Vital statistics of India. Vol. IV, Annual returns from 1871 to 1876. British Army of India, Native Army and jails of Bengal
Year: 1871
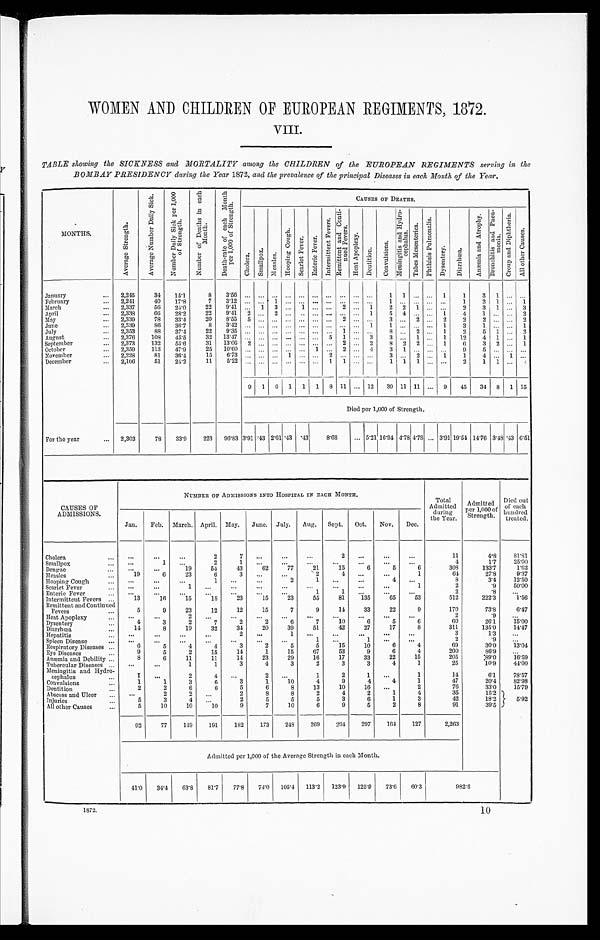
WOMEN AND CHILDREN OF EUROPEAN REGIMENTS 1872.
V III.
TABLE showing the SICKNESS and MORTALITY among the CHILDREN of the EUROPEAN REGIMENTS serving in the
BOMBAY PRESIDENCY during the Year 1872, and the prevalence of the principal Diseases in each Month of the Year.
MONTHS.
A v e r a g e S t r e n g t h .
A v e r a g e N u m b e r D a i l y S i c k .
N u m b e r D a i l y S i c k p e r 1 , 0 0 0 o f S t r e n g t h .
N u m b e r o f D e a t h s i n e a c h M o n t h .
D e a t h - r a t e o f e a c h M o n t h p e r 1 , 0 0 0 o f S t r e n g t h .
CAUSES OF DEATHS.
C h o l e r a .
S m a l l p o x .
Me a s l e s .
H o o p i n g C o u g h .
S c a r l e t F e v e r . E n t e r i c F e v e r .
I n t e r m i t t e n t F e v e r s .
R e m i t t e n t a n d C o n t i n u e d F e v e r s .
H e a t A p o p l e x y .
D e n t i t i o n .
C o n v u l s i o n s .
M e n i n g i t i s a n d H y d r o c e p h a l u s .
T a b e s M e s e n t e r i c a .
P h t h i s i s P u l m o n a l i s .
D y s e n t e r y .
D i a r r h a .
A n æ m i a a n d A t r o p h y .
B r o n c h i t i s a n d P n e u m o n i a .
C r o u p a n d D i p h t h e r i a .
A l l o t h e r C a u s e s .
January
2,245
34
15.1
8 3.56
. . .
. . .
...
. . .
...
. . . ...
. . .
. . .
. . .
1
1 ...
. . . 1
1
3 1
. . . . . .
February
2,241
40
17.8
7 3.12
. . .
. . .
1
. . .
...
. . . ...
. . .
. . .
. . .
1
. . .
...
. . .
. . . 1
2 1
. . . 1
March
2,337
56
24.0
22
9.41
. . . 1 3 ... 1 ... ... 2 ... 1
2 2 1 ... ...
2
3 1 ... 3
April
2,338
66
28.2
22
9.41 2
. . . 2 ... ... ... ... ... ... 1
5 4 ... ... 1
4
1
. . .
. . . 2
May
2,339
78
33.4
20
8.55 5 ... ... ... ... ... ...
2 . . .
. . .
3
. . . 2 ... 2
2
2 ... ... 2
June
2,339
86
36.7
8
3.42
. . .
. . .
...
. . .
... ... ... ... ... 1
1 ... ... ... 1
3
1 ... ... 1
July
2,353
88
37.4
2 2
9.35
. . .
. . .
...
. . .
...
. . . ...
1 . . .
. . .
8 ... 2 ...
1
2
5 1 ... 2
August
2,376
108
45.5
32 13.47
. . . ... ... ... ... ... 5 1 ... 3
3 ... 1 ... 1
12
4 1
. . . 1
September
2,373
132
55.6
31
13.06 2
. . . ...
. . . ... ... ... 2
. . . 2
8 2 2 ... 1
6
3 2 ... 1
October
2,359
113
47.9
25
10.60 ... ... ... ... ...
1 ...
2 . . .
4
3
1 ...
. . .
. . .
9
5 ...
. . . . . .
November
2,228
81
36.4
15
6.73 ... ... ... 1 ...
. . . 2
. . . . . .
. . .
3 ... 2 ... 1
1
4 ... 1
. . .
December
2,106
51
24.2
11
5.22
. . .
. . . ...
. . . ...
. . . 1 1
. . .
. . .
1
1 1
. . .
. . .
2
1
1
. . .
2
9 1 6 1 1 1 8 11 ... 12
39 11 11 ... 9
45
34 8 1 15
Died per 1,000 of Strength.
For the year
2,303
78
33.9
223
96.83 3.91 .43 2.61 .43
8.68
5.21 16.94 4.78 4.78 ... 3.91 19.54 14.76 3.48 .43 6.51
CAUSES OF
ADMISSIONS.
NUMBER OF ADMISSIONS INTO HOSPITAL IN EACH MONTH.
Total
Admitted during
the Year.
Admitted
per 1,000 of
Strength.
Died out
of each h u n d r e d
treated.
Jan.
Feb. March. April. May.
June. July.
Aug.
Sept.
Oct.
Nov.
Dec.
Cholera
. . . ...
...
2
7
. . .
. . .
...
2
. . .
...
...
11
4.8
81.81
Smallpox
. . .
1
. . .
2
1
...
...
. . .
...
...
...
...
4
1.7
25.00
Dengue
. . .
...
19
54
43
62
77
21
15
6
5
6
308
133.7
1.62
Measles
19
6
23
6
3
. . .
. . .
2
4
...
. . .
1
64
27.8
9.37
H o o p i n g C o u g h
. . . ...
. . .
1
...
...
2
1
. . .
. . .
4
. . .
8
3.4
12.50
S c a r l e t F e v e r
...
. . .
1
. . .
. . .
...
...
. . .
...
...
...
1
2
.9
50.00
Enteric Fever
. . . . . .
. . .
...
...
. . .
...
1
1
...
...
...
2
.8
. . .
Intermittent Fevers
13
16
15
18
23
15
23
55
81
135
65
53
512
222.3
1 . 5 6
Remittent and Continued
Fevers
5
9
23
12
12
15
7
9
14
33
22
9
170
73.8
6.47
H e at
A
p o p l e x y
. . .
. . .
2
. . . ...
. . .
. . .
. . .
. . . ...
...
. . .
2
.9
. . .
Dysentery
4
3
2
7
2
2
6
7
10
6
5
6
6 0
26.1
15.00
Diarrhœa.
14
8
19
32
34
20
39
51
42
27
17
8
311
135.0
14.47
Hepatitis
...
...
. . .
. . .
2
. . .
1
. . .
. . .
. . .
. . .
. . .
3
1.3
. . .
Spleen Disease
. . .
. . .
. . .
. . .
. . .
. . .
. . .
1
. . .
1
. . .
...
2
.9
...
Respiratory Diseases
6
5
4
4
3
2
5
5
15
10
6
4
69
30.0
13.04
E y e D i s e a s e s
9
5
2
15
14
1
15
67
53
9
6
4
200
86.9
...
Anæmia and Debility
8
6
11
11
14
23
29
16
17
33
22
15
205
89.0
16.59
Tubercular Diseases
. . . ...
1
1
3
4
3
2
3
3
4
1
25
10.9
44.00
Meningitis and Hydro-cephalus
1
. . .
2
4
. . .
2
. . .
1
2
1
. . .
1
14
6.1
78.57
Convulsions
1
1
3
6
3
1
10
4
9
4
4
1
47
20.4
82.98
Dentition
2
2
6
6
5
6
8
13
10
16
...
2
76
33.0
15.79
Abscess and Ulcer
. . .
2
2
. . .
2
8
8
2
4
2
1
4
35
15.2
5.92
Injuries
5
3
4
. . .
2
5
5
5
3
6
1
3
42
18.2
All other Causes
5
10
10
10
9
7
10
6
9
5
2
8
91
39.5
92
77
149
191
182
173
248
269
294
297
164
127
2,263
Admitted per 1,000 of the Average Strength in each Month.
41.0
34.4
63.8
81.7
77.8
74.0
105.4 113.2
123.9
125.9
73.6
60.3
982.6
1872.
10